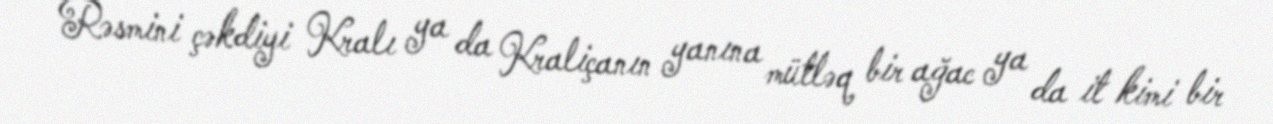
Rəsmini çəkdiyi Kralı ya da Kraliçanın yanına mütləq bir ağac ya da it kimi bir